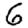
Digit: 6